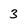
Character: 3